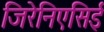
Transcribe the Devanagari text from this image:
जिरेनिएसिई